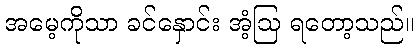
အမေ့ကိုသာ ခင်နှောင်း အံ့ဩ ရတော့သည်။